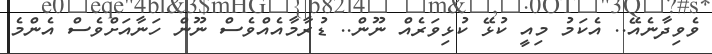
ވެވިދާނެއޭ.. އެކަމު މިއީ ކުޅޭ ކުޅިވަރެއް ނޫން.. ޑުރާމާއެއްވެސް ނޫން ހަނާއަށްވެސް އެންމެ